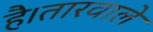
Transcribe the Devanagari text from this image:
है।तारवाले